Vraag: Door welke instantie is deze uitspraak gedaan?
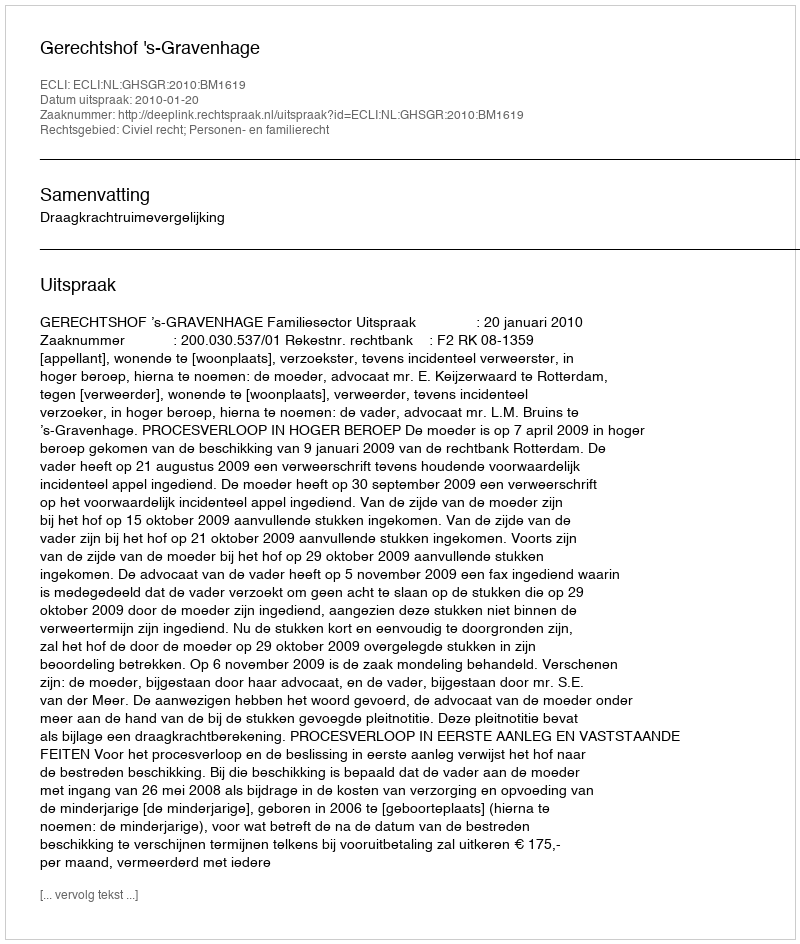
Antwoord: Gerechtshof 's-Gravenhage